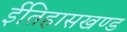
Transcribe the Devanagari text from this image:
ईतिहासखण्ड